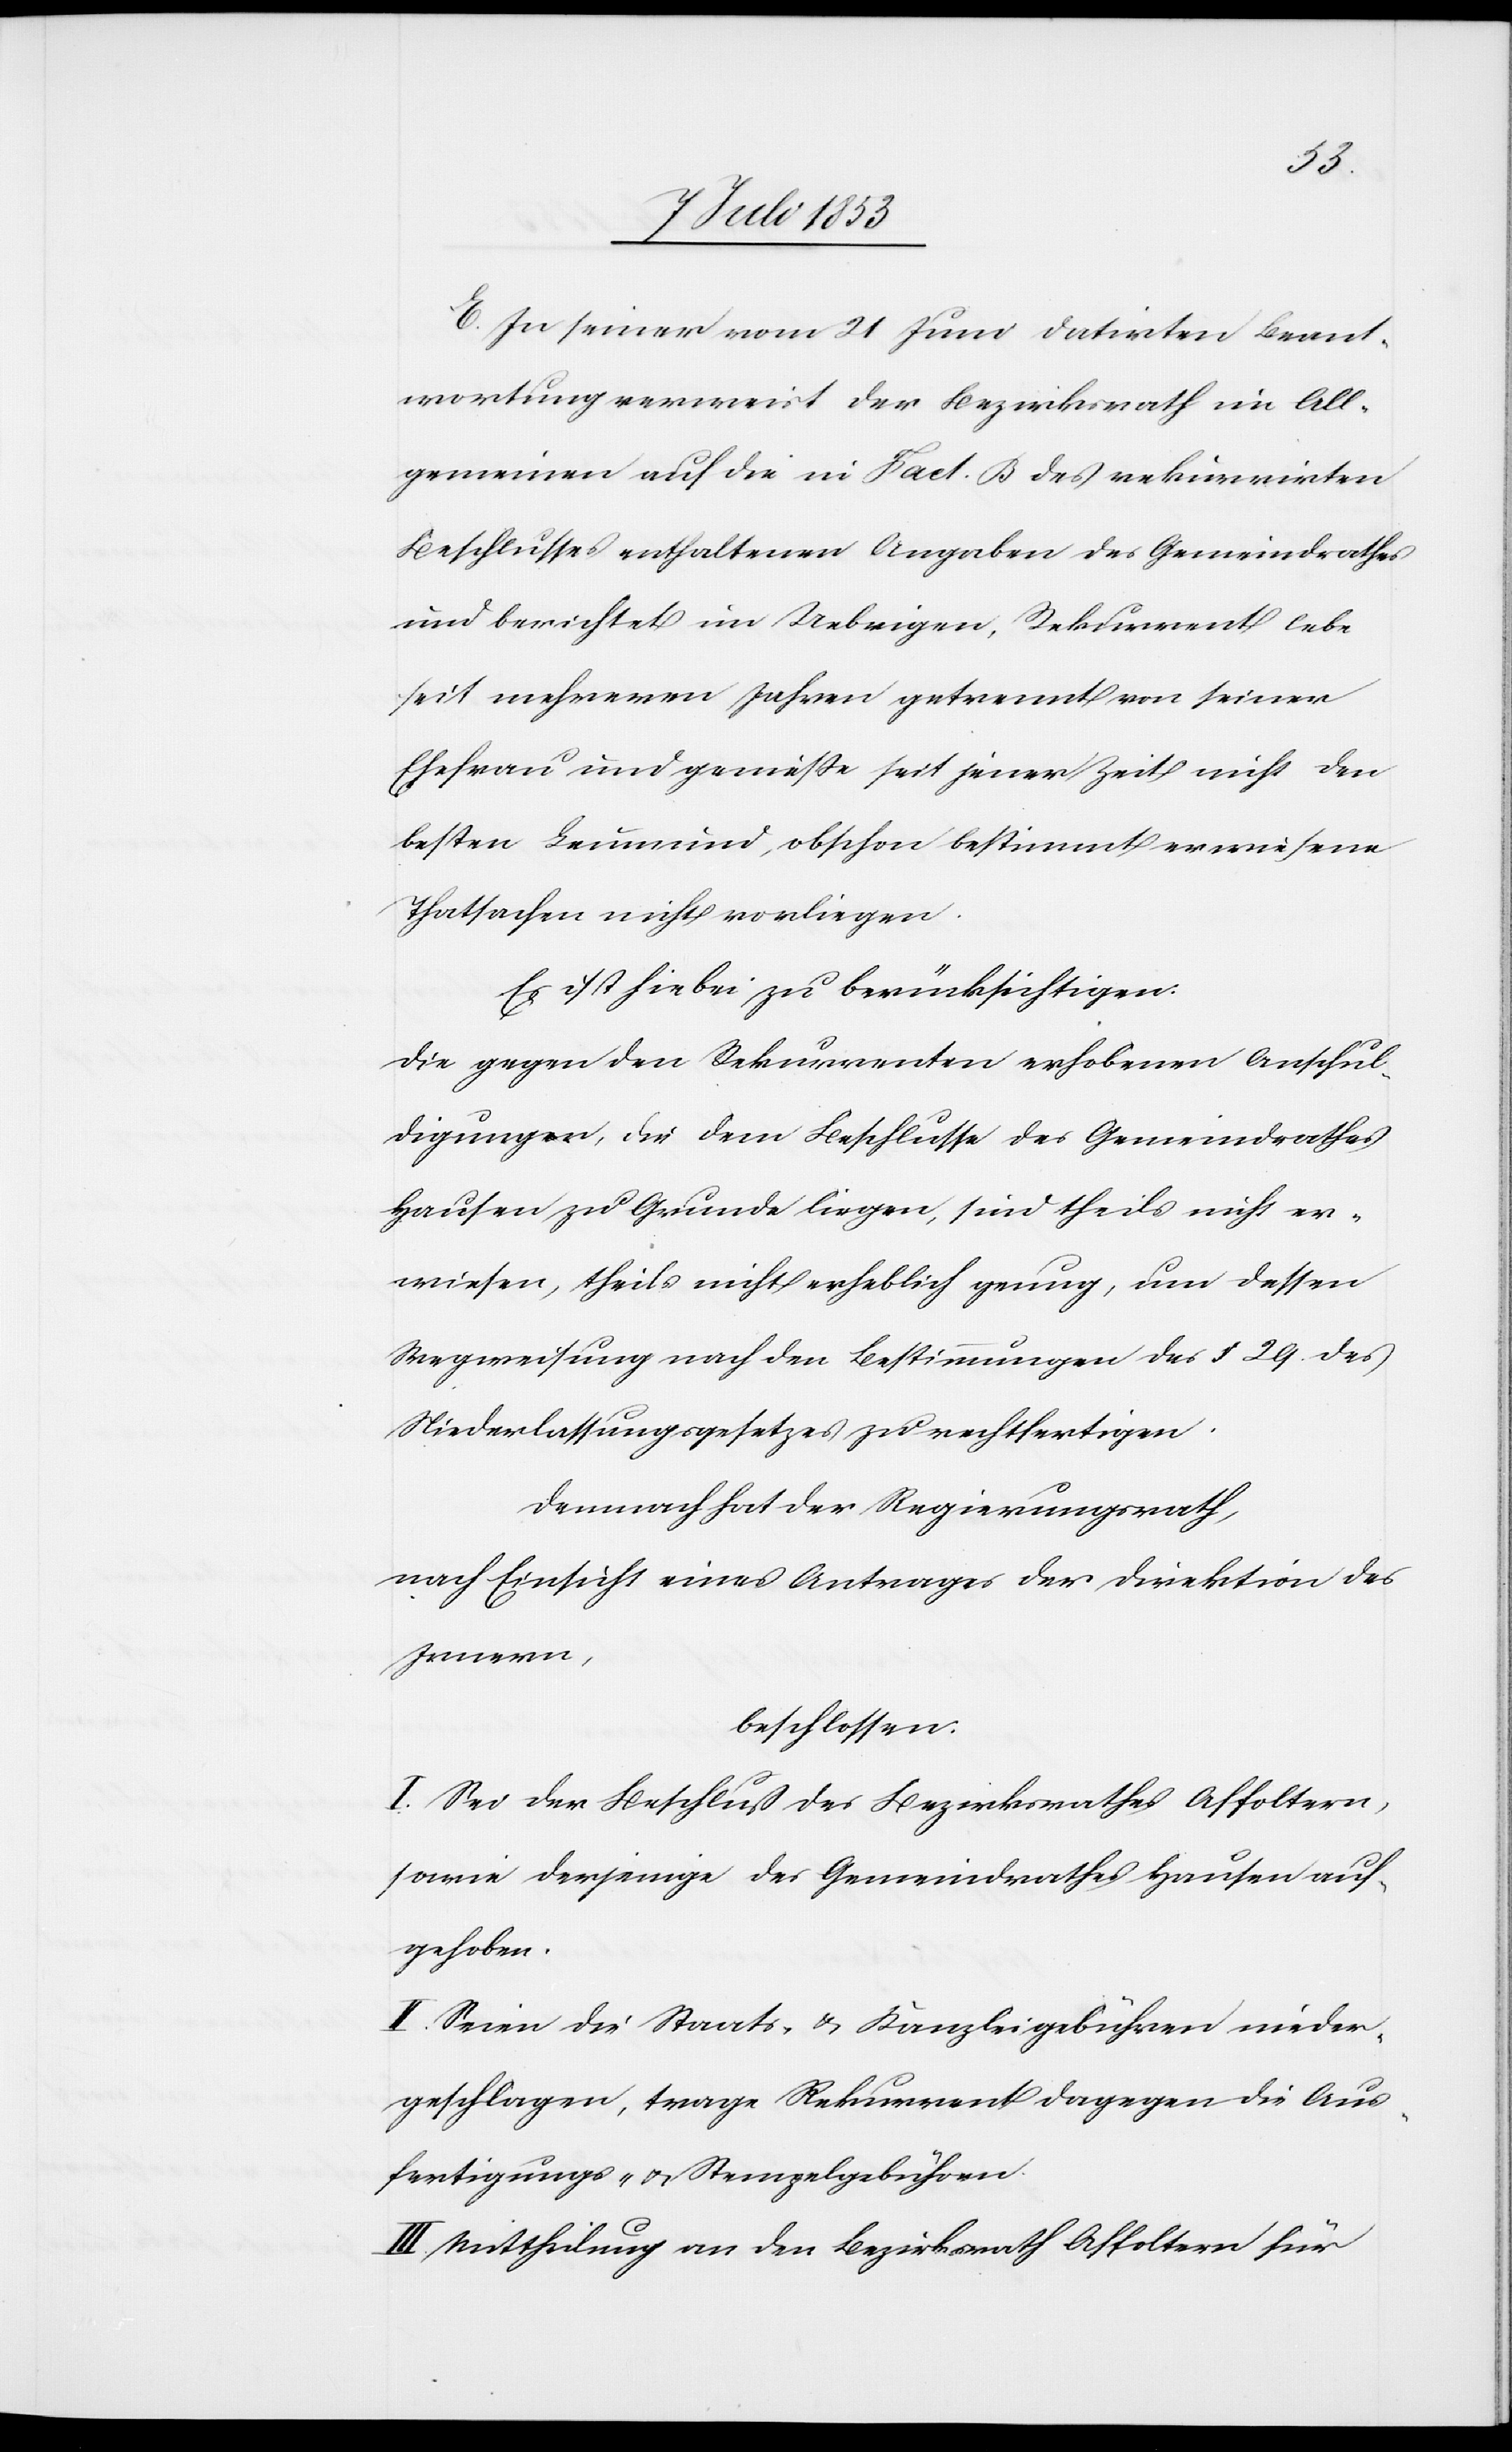
E. In seiner vom 21 Juni datirten Beant¬
wortung verweist der Bezirksrath im All¬
gemeinen auf die in Fact. B des rekurrirten
Beschlusses enthaltenen Angaben des Gemeindrathes
und berichtet im Uebrigen, Rekurrent lebe
seit mehreren Jahren getrennt von seiner
Ehefrau und genieße seit jener Zeit nicht den
besten Leumund, obschon bestimmt erwiesene
Thatsachen nicht vorliegen.
Es ist hiebei zu berücksichtigen:
Die gegen den Rekurrenten erhobenen Anschul¬
digungen, die dem Beschlusse des Gemeindrathes
Hausen zu Grunde liegen, sind theils nicht er¬
wiesen, theils nicht erheblich genug, um dessen
Wegweisung nach den Bestimmungen des § 29 des
Niederlassungsgesetzes zu rechtfertigen.
Demnach hat der Regierungsrath,
nach Einsicht eines Antrages der Direktion des
Innern,
beschlossen:
I. Sei der Beschluß des Bezirksrathes Affoltern,
sowie derjenige des Gemeindrathes Hausen auf¬
gehoben.
II. Seien die Staats- u. Kanzleigebühren nieder¬
geschlagen, trage Rekurrent dagegen die Aus¬
fertigungs- u. Stempelgebühren.
III. Mittheilung an den Bezirksrath Affoltern für